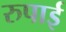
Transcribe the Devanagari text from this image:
रुपाई